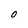
Character: O